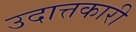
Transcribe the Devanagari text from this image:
उदात्तकारी